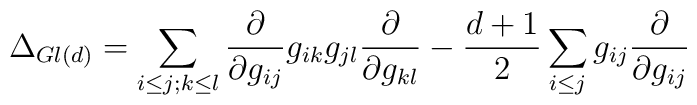
\Delta_{Gl(d)}=\sum_{i\leq j;k\leq l} \frac{\partial}{\partial g_{ij}}g_{ik} g_{jl}\frac{\partial}{\partial g_{kl}}- \frac{d+1}{2} \sum_{i\leq j} g_{ij}\frac{\partial}{\partial g_{ij}}